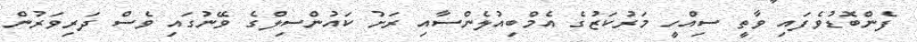
ފެންބޮޑުވެފައި ވާތީ ސިއްހީ މަރުކަޒުގެ އެމްބިއުލެންސާއި ރަށު ކައުންސިލްގެ ވޭނުގައި ވެސް ދަރިވަރުން